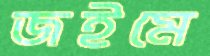
জইমে